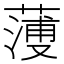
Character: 𦻈